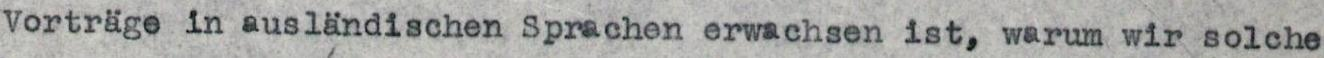
Vorträge in ausländischen Sprachen erwachsen ist, warum wir solche